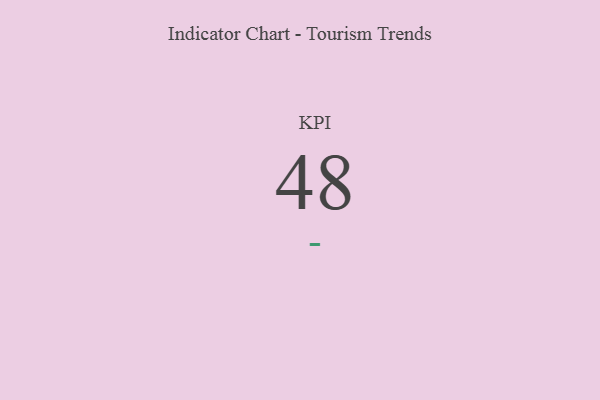
{"axis": {"x": "KPI", "y": "Value"}, "legend": [""], "data": [{"x": "KPI", "y": 48, "type": ""}]}